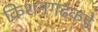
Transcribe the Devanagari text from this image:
किशनगढकडे